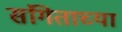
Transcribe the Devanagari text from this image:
संगिताच्या